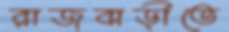
রাজবাড়ীতে